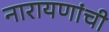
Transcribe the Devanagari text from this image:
नारायणांची